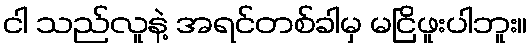
ငါ သည်လူနဲ့ အရင်တစ်ခါမှ မငြိဖူးပါဘူး။